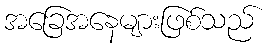
အခြေအနေများဖြစ်သည်